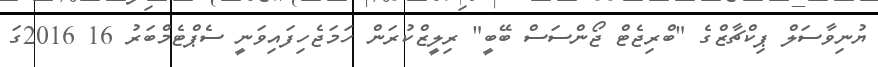
ޔުނިވާސަލް ޕިކްޗާޒްގެ "ބްރިޖެޓް ޖޯންސަސް ބޭބީ" ރިލީޒްކުރަން ހަމަޖެހިފައިވަނީ ސެޕްޓެމްބަރު 16 2016ގަ